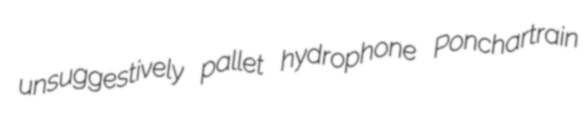
unsuggestively pallet hydrophone Ponchartrain